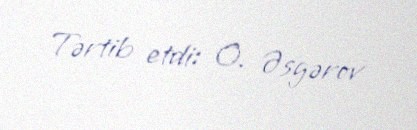
Tərtib etdi: O. Əsgərov